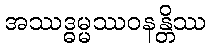
အဿဒ္ဓမ္မဿဝနန္တိဿ